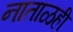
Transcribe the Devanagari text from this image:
नाताळही